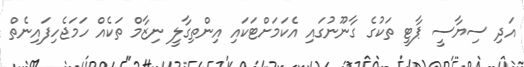
އަދި ސިޔާސީ ޕާޓީ ތަކުގެ ގާނޫނުގައި އެކަމަށްޓަކައި އިންތިގާލީ ނިޒާމް ތަކެއް ހަމަޖެހިފައިނެތް